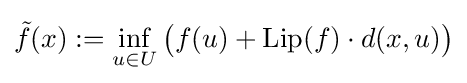
{\tilde {f}}(x):=\inf _{u\in U}{\big (}f(u)+{\text{Lip}}(f)\cdot d(x,u){\big )}